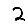
Digit: 2